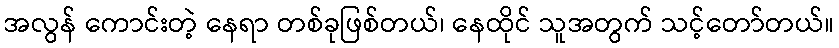
အလွန် ကောင်းတဲ့ နေရာ တစ်ခုဖြစ်တယ်၊ နေထိုင် သူအတွက် သင့်တော်တယ်။